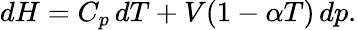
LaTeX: dH=C_{p}\, dT+V(1-\alpha T)\, dp.